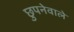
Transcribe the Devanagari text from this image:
छुपनेवाले